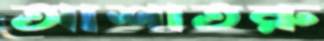
আশাতরু